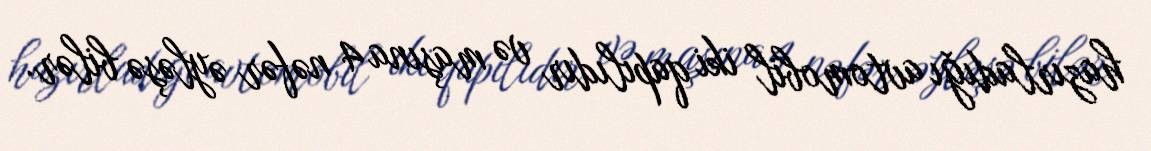
hazırladığı avtomobil iki qapılıdır və maşına 4 nəfər əyləşə bilər.